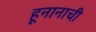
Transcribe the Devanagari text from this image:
हूनानाची